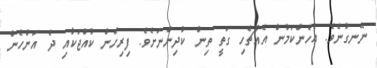
ނޭނގުނެވެ. އެހެންކަމުން އެއްޗެހި ގަތީ ތިން ކުދިންނަށެވެ. ފިރިހެން ކުއްޖަކާއި ދެ އަންހެން